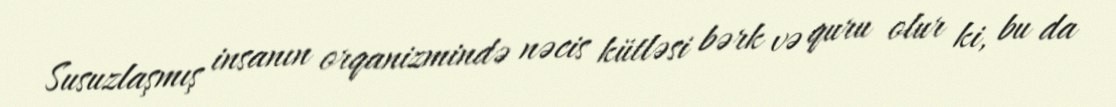
Susuzlaşmış insanın orqanizmində nəcis kütləsi bərk və quru olur ki, bu da